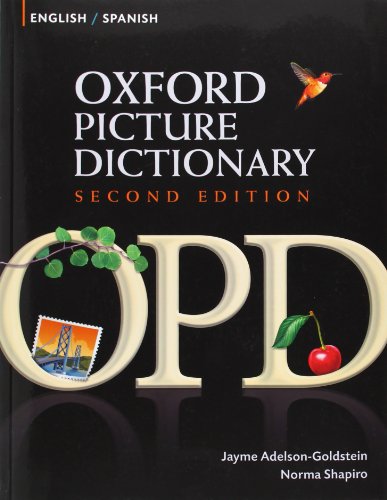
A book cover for Oxford Picture Dictionary English-Spanish: Bilingual Dictionary for Spanish speaking teenage and adult students of English (Oxford Picture Dictionary 2E); Jayme Adelson-Goldstein; Reference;